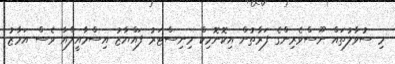
މި ސުވާލުތައް ނޫސްވެރިންގެ ފަރާތުން އިކޮނޮމިކް މިނިސްޓަރު ފައްޔާޒު އިސްމާއީލްއާ ވެސް އަމާޒު